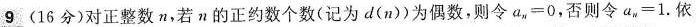
9(16分)对正整数n，若n的正约数个数(记为d(n))为偶数，则令$$a _ { n } = 0$$，否则令$$a _ { n } = 1$$.依